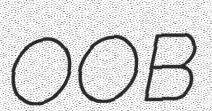
OOB